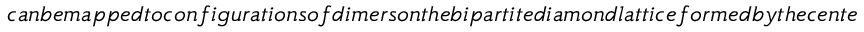
c a n b e m a p p e d t o c o n f i g u r a t i o n s o f d i m e r s o n t h e b i p a r t i t e d i a m o n d l a t t i c e f o r m e d b y t h e c e n t e r s o f t e t r a h e d r a o f t h e p y r o c h l o r e l a t t i c e [ F i g . ~ ( b ) ] , w i t h e x a c t l y